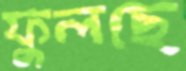
ফুলছে